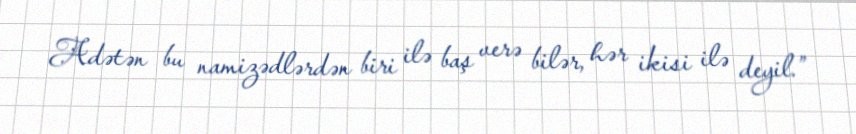
Adətən bu namizədlərdən biri ilə baş verə bilər, hər ikisi ilə deyil.”